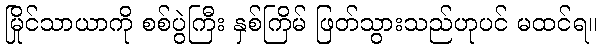
မြိုင်သာယာကို စစ်ပွဲကြီး နှစ်ကြိမ် ဖြတ်သွားသည်ဟုပင် မထင်ရ။